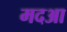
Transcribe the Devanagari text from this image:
मदआ